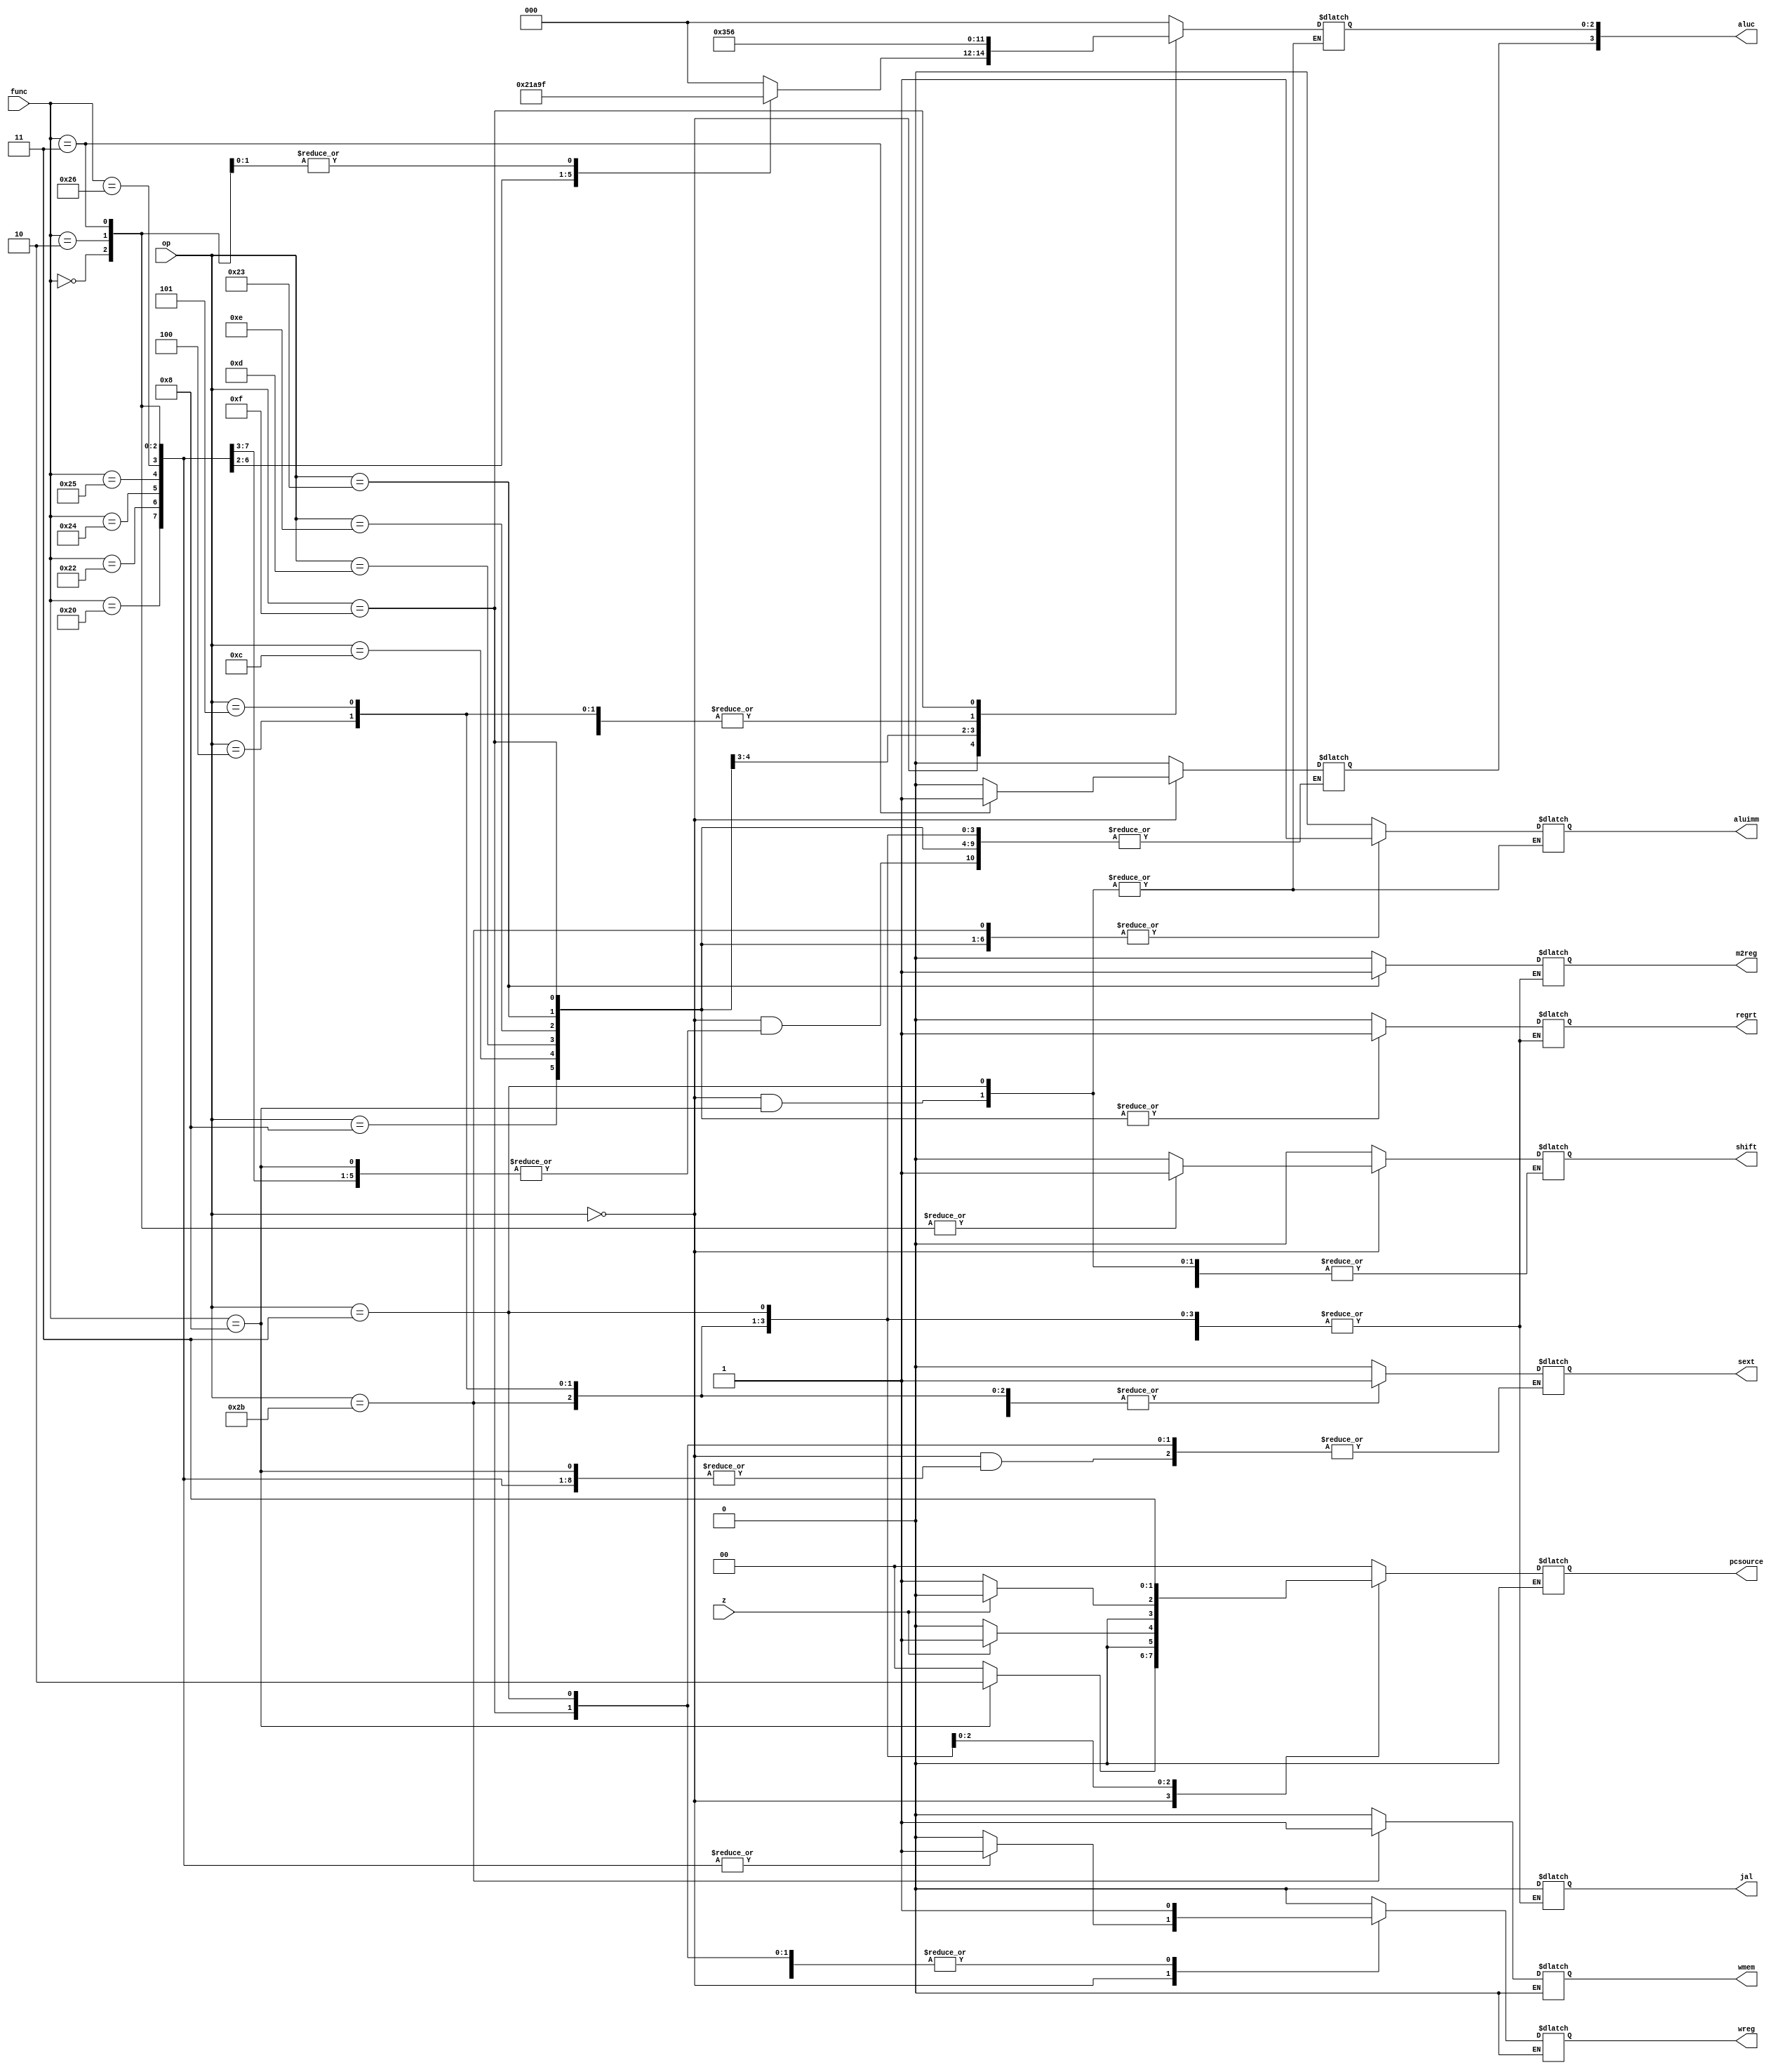
/* 
writer:liyiming 
date: 2018/11/13
version: 0.0
module: clu
func: control unit
*/
module clu(
    op,
    func,
    z,
    wmem,
    wreg,
    regrt,
    m2reg,
    aluc,
    shift,
    aluimm,
    pcsource,
    jal,
    sext
);
    input [5:0]op,func;
    input z;
    output wmem,wreg,jal,m2reg,shift,aluimm,sext,regrt;
    output [3:0] aluc;
    output [1:0] pcsource;

    reg  wmem,wreg,jal,m2reg,shift,aluimm,sext,regrt;
    reg [3:0] aluc;
    reg [1:0] pcsource;
    always @(*) begin
        case (op)
            6'b000000: begin//special code
                case (func)
                    6'b100000: begin//add
                        wreg <= 1'b1;
                        regrt <= 1'b0;
                        jal <= 1'b0;
                        m2reg <= 1'b0;
                        shift <= 1'b0;
                        aluimm <= 1'b0;
                        //sext <= 1'bx;
                        wmem <= 1'b0;
                        aluc[2:0] <= 3'b000;
                        pcsource <= 2'b00;
                    end
                    6'b100010: begin//sub
                        wreg <= 1'b1;
                        regrt <= 1'b0;
                        jal <= 1'b0;
                        m2reg <= 1'b0;
                        shift <= 1'b0;
                        aluimm <= 1'b0;
                        //sext <= 1'bx;
                        wmem <= 1'b0;
                        aluc[2:0] <= 3'b100;
                        pcsource <= 2'b00;
                    end
                    6'b100100: begin//and
                        wreg <= 1'b1;
                        regrt <= 1'b0;
                        jal <= 1'b0;
                        m2reg <= 1'b0;
                        shift <= 1'b0;
                        aluimm <= 1'b0;
                        //sext <= 1'bx;
                        wmem <= 1'b0;
                        aluc[2:0] <= 3'b001;
                        pcsource <= 2'b00;
                    end
                    6'b100101: begin//or
                        wreg <= 1'b1;
                        regrt <= 1'b0;
                        jal <= 1'b0;
                        m2reg <= 1'b0;
                        shift <= 1'b0;
                        aluimm <= 1'b0;
                        //sext <= 1'bx;
                        wmem <= 1'b0;
                        aluc[2:0] <= 3'b101;
                        pcsource <= 2'b00;
                    end
                    6'b100110: begin//xor
                        wreg <= 1'b1;
                        regrt <= 1'b0;
                        jal <= 1'b0;
                        m2reg <= 1'b0;
                        shift <= 1'b0;
                        aluimm <= 1'b0;
                        //sext <= 1'bx;
                        wmem <= 1'b0;
                        aluc[2:0] <= 3'b010;
                        pcsource <= 2'b00;
                    end
                    6'b000000: begin//sll
                        wreg <= 1'b1;
                        regrt <= 1'b0;
                        jal <= 1'b0;
                        m2reg <= 1'b0;
                        shift <= 1'b1;
                        aluimm <= 1'b0;
                        //sext <= 1'bx;
                        wmem <= 1'b0;
                        aluc <= 4'b0011;
                        pcsource <= 2'b00;
                    end
                    6'b000010: begin//srl
                        wreg <= 1'b1;
                        regrt <= 1'b0;
                        jal <= 1'b0;
                        m2reg <= 1'b0;
                        shift <= 1'b1;
                        aluimm <= 1'b0;
                        //sext <= 1'bx;
                        wmem <= 1'b0;
                        aluc <= 4'b0111;
                        pcsource <= 2'b00;
                    end
                    6'b000011: begin//sra
                        wreg <= 1'b1;
                        regrt <= 1'b0;
                        jal <= 1'b0;
                        m2reg <= 1'b0;
                        shift <= 1'b1;
                        aluimm <= 1'b0;
                        //sext <= 1'bx;
                        wmem <= 1'b0;
                        aluc <= 4'b1111;
                        pcsource <= 2'b00;
                    end
                    6'b001000: begin//jr
                        wreg <= 1'b0;
                        //regrt <= 1'b0;
                        //jal <= 1'b0;
                        //m2reg <= 1'b0;
                        //shift <= 1'b1;
                        //aluimm <= 1'b0;
                        //sext <= 1'bx;
                        wmem <= 1'b0;
                        //aluc <= 4'b1111;
                        pcsource <= 2'b10;
                    end
                    default: begin
                        wreg <= 1'b0;
                        regrt <= 1'b0;
                        jal <= 1'b0;
                        m2reg <= 1'b0;
                        shift <= 1'b0;
                        aluimm <= 1'b0;
                        sext <= 1'b0;
                        wmem <= 1'b0;
                        aluc <= 4'b0000;
                        pcsource <= 2'b00;
                    end
                endcase
            end
            6'b001000: begin//addi
                wreg <= 1'b1;
                regrt <= 1'b1;
                jal <= 1'b0;
                m2reg <= 1'b0;
                shift <= 1'b0;
                aluimm <= 1'b1;
                sext <= 1'b1;
                wmem <= 1'b0;
                aluc[2:0] <= 3'b000;
                pcsource <= 2'b00;
            end
            6'b001100: begin//andi
                wreg <= 1'b1;
                regrt <= 1'b1;
                jal <= 1'b0;
                m2reg <= 1'b0;
                shift <= 1'b0;
                aluimm <= 1'b1;
                sext <= 1'b0;
                wmem <= 1'b0;
                aluc[2:0] <= 3'b001;
                pcsource <= 2'b00;
            end
            6'b001101: begin//ori
                wreg <= 1'b1;
                regrt <= 1'b1;
                jal <= 1'b0;
                m2reg <= 1'b0;
                shift <= 1'b0;
                aluimm <= 1'b1;
                sext <= 1'b0;
                wmem <= 1'b0;
                aluc[2:0] <= 3'b101;
                pcsource <= 2'b00;
            end
            6'b001110: begin//xori
                wreg <= 1'b1;
                regrt <= 1'b1;
                jal <= 1'b0;
                m2reg <= 1'b0;
                shift <= 1'b0;
                aluimm <= 1'b1;
                sext <= 1'b0;
                wmem <= 1'b0;
                aluc[2:0] <= 3'b010;
                pcsource <= 2'b00;
            end
            6'b100011: begin//lw
                wreg <= 1'b1;
                regrt <= 1'b1;
                jal <= 1'b0;
                m2reg <= 1'b1;
                shift <= 1'b0;
                aluimm <= 1'b1;
                sext <= 1'b1;
                wmem <= 1'b0;
                aluc[2:0] <= 3'b000;
                pcsource <= 2'b00;
            end
            6'b101011: begin//sw
                wreg <= 1'b0;
                //regrt <= 1'b1;
                //jal <= 1'b0;
                //m2reg <= 1'b0;
                shift <= 1'b0;
                aluimm <= 1'b1;
                sext <= 1'b1;
                wmem <= 1'b1;
                aluc[2:0] <= 3'b000;
                pcsource <= 2'b00;
            end
            6'b000100: begin//beq
                if(z == 1'b0) begin
                    wreg <= 1'b0;
                    //regrt <= 1'b1;
                    //jal <= 1'b0;
                    //m2reg <= 1'b0;
                    shift <= 1'b0;
                    aluimm <= 1'b0;
                    sext <= 1'b1;
                    wmem <= 1'b0;
                    aluc[2:0] <= 3'b010;
                    pcsource <= 2'b00;
                end else if(z == 1'b1)begin
                    wreg <= 1'b0;
                    //regrt <= 1'b1;
                    //jal <= 1'b0;
                    //m2reg <= 1'b0;
                    shift <= 1'b0;
                    aluimm <= 1'b0;
                    sext <= 1'b1;
                    wmem <= 1'b0;
                    aluc[2:0] <= 3'b010;
                    pcsource <= 2'b01;
                end
            end
            6'b000101: begin//bne
                if(z == 1'b0) begin
                    wreg <= 1'b0;
                    //regrt <= 1'b1;
                    //jal <= 1'b0;
                    //m2reg <= 1'b0;
                    shift <= 1'b0;
                    aluimm <= 1'b0;
                    sext <= 1'b1;
                    wmem <= 1'b0;
                    aluc[2:0] <= 3'b010;
                    pcsource <= 2'b01;
                end else if(z == 1'b1)begin
                    wreg <= 1'b0;
                    //regrt <= 1'b1;
                    //jal <= 1'b0;
                    //m2reg <= 1'b0;
                    shift <= 1'b0;
                    aluimm <= 1'b0;
                    sext <= 1'b1;
                    wmem <= 1'b0;
                    aluc[2:0] <= 3'b010;
                    pcsource <= 2'b00;
                end
            end
            6'b001111: begin//lui
                wreg <= 1'b1;
                regrt <= 1'b1;
                jal <= 1'b0;
                m2reg <= 1'b0;
                //shift <= 1'b0;
                aluimm <= 1'b1;
                //sext <= 1'b0;
                wmem <= 1'b0;
                aluc[2:0] <= 3'b110;
                pcsource <= 2'b00;
            end
            6'b00000: begin//j
                wreg <= 1'b0;
                //regrt <= 1'b1;
                //jal <= 1'b0;
                //m2reg <= 1'b0;
                //shift <= 1'b0;
                //aluimm <= 1'b1;
                //sext <= 1'b0;
                wmem <= 1'b0;
               // aluc[2:0] <= 3'b110;
                pcsource <= 2'b11;
            end
            6'b000011: begin//jal
                wreg <= 1'b1;
                //regrt <= 1'b1;
                //jal <= 1'b0;
                //m2reg <= 1'b0;
                //shift <= 1'b0;
                //aluimm <= 1'b1;
                //sext <= 1'b0;
                wmem <= 1'b0;
               // aluc[2:0] <= 3'b110;
                pcsource <= 2'b11;
            end
            default: begin
                wreg <= 1'b0;
                regrt <= 1'b0;
                jal <= 1'b0;
                m2reg <= 1'b0;
                shift <= 1'b0;
                aluimm <= 1'b0;
                sext <= 1'b0;
                wmem <= 1'b0;
                aluc <= 4'b0000;
                pcsource <= 2'b00;
            end
        endcase
    end
endmodule